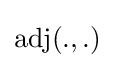
\operatorname {adj} (.,.)